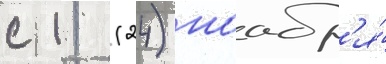
с 11 (24) ноабр'я́